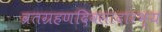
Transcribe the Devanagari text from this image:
व्रतग्रहणदिवसादारभ्य